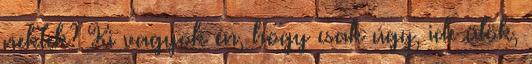
nektek? Ki vagyok én, hogy csak úgy, ide ülök,